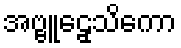
အဗ္ဗူဠှေသိကော